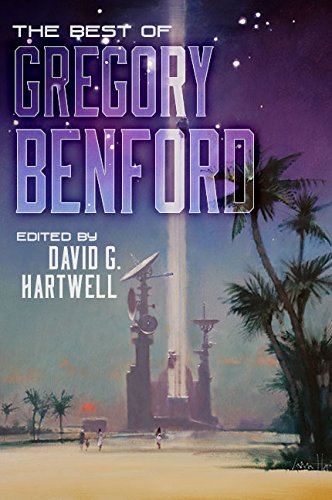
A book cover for The Best of Gregory Benford; Gregory Benford; Science Fiction & Fantasy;